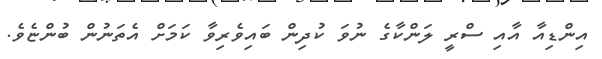
އިންޑިއާ އާއި ސްރީ ލަންކާގެ ނުވަ ކުދިން ބައިވެރިވާ ކަމަށް އެތަނުން ބުންޏެވެ.